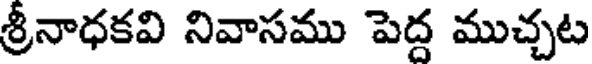
శ్రీనాధకవి నివాసము పెద్ద ముచ్చట